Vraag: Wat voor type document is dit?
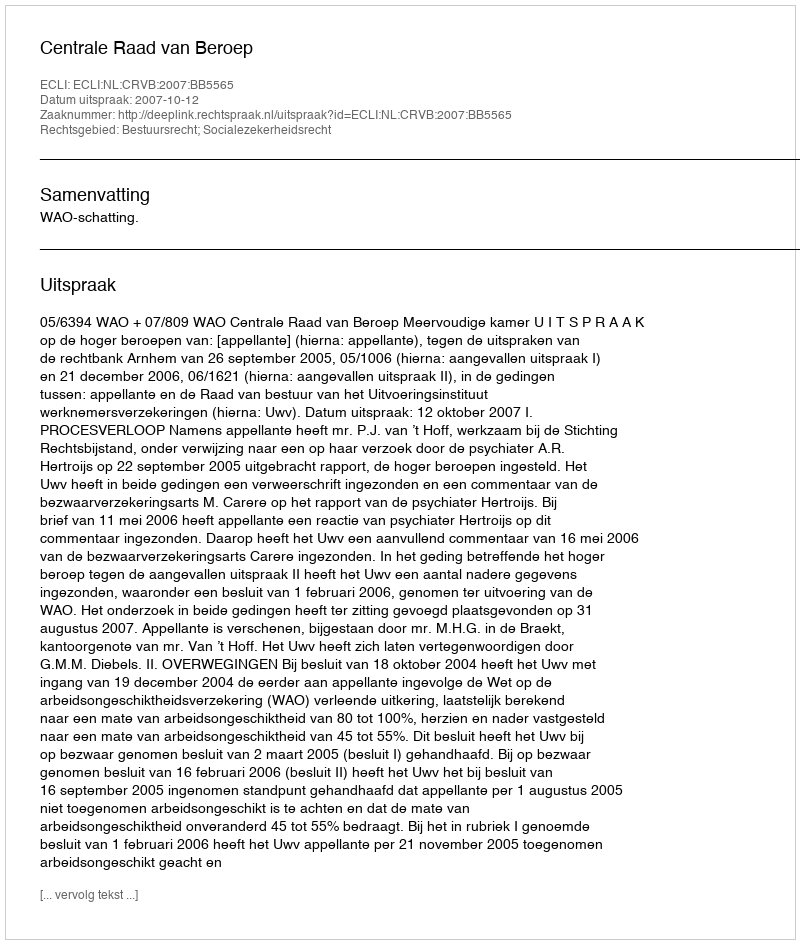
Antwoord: Uitspraak